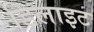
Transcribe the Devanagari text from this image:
डिलाइट